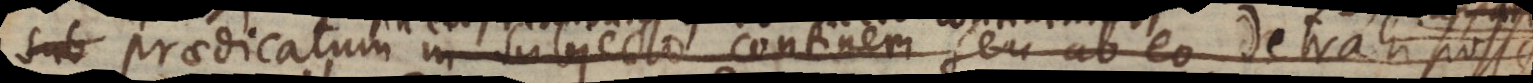
sub in subjecto contineri seu ab eo detrahi posse